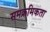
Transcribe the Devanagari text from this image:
समक्रमिकता